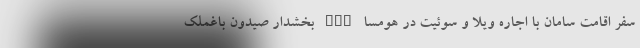
سفر اقامت سامان با اجاره ویلا و سوئیت در هومسا nan بخشدار صیدون باغملک